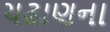
ચઢાણના